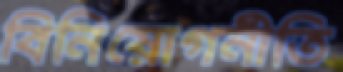
বিনিয়োগনীতি